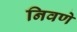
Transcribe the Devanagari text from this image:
निवणे